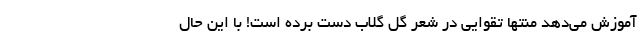
آموزش می‌دهد منتها تقوایی در شعر گل گلاب دست برده است! با این حال